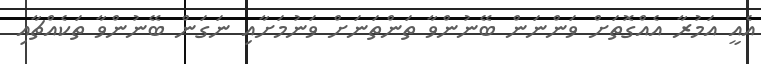
އެއީ އަމުރާ އެއްގޮތަށް ވަންނަން ބޭނުންވާ ތަންތަނަށް ވަނުމަށާއި ނަގަން ބޭނުންވާ ތަކެއްޗާއި